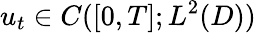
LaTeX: u_{t}\in C([0,T];L^{2}(D))